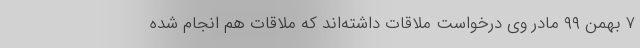
۷ بهمن ۹۹ مادر وی درخواست ملاقات داشته‌اند که ملاقات هم انجام شده